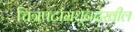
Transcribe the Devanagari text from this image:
चित्रपटांमधूनदेखील